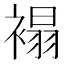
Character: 褟